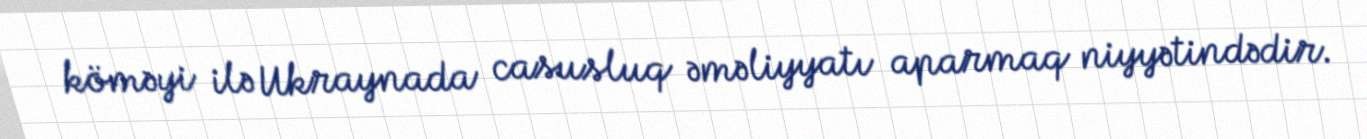
köməyi ilə Ukraynada casusluq əməliyyatı aparmaq niyyətindədir.